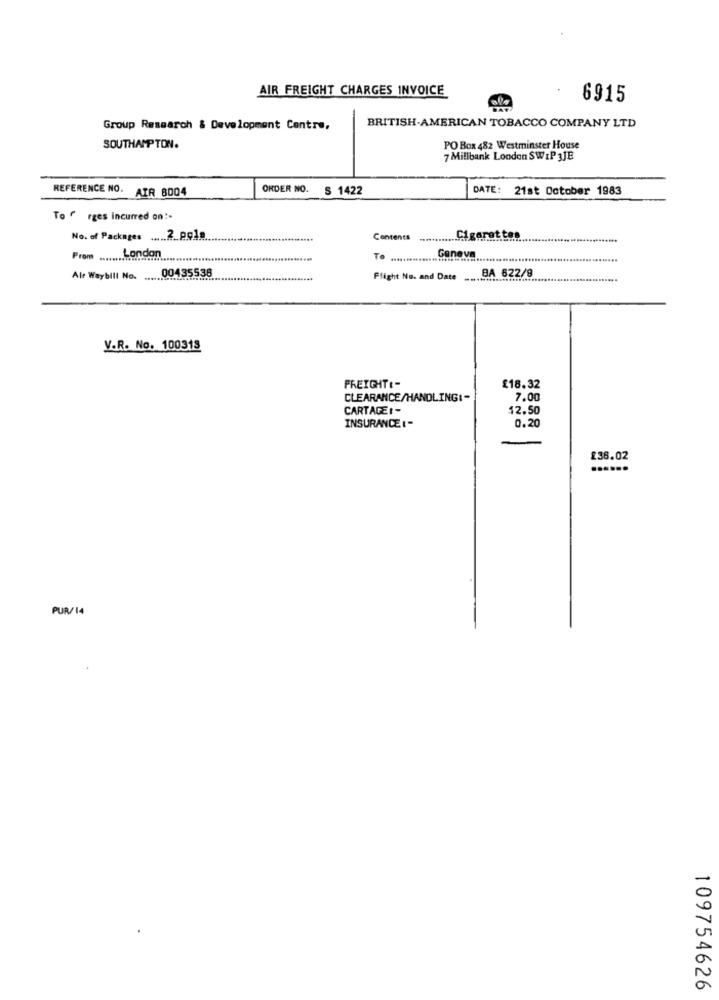
AIR FREIGHT CHARGES INVOICE
6915
Group Research & Development Centre,
BRITISH-AMERICAN TOBACCO COMPANY LTD
SOUTHAMPTON.
PO Box 482 Westminster House
7 Millbank London SWIP 3JE
REFERENCE NO.
AIR 8004
ORDER NO.
S 1422
DATE: 21st October 1983
To ( rges incurred on :.
No. of Packages ..... 2_P.04.
Contents
... Cigaret. ten.
Geneva
Prom ......................................
London
T
00435538
BA 622/9
Ale Waybill No. ...................
Flight No. and Date
V.R. No. 100318
FREIGHT(-
£18.32
CLEARANCE/HANDLINGI-
7.00
CARTACEI -
12.50
0.20
INSURANCE :-
£36.02
......
PUR/14
109754626